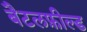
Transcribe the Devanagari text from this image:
बैटलफ़ील्ड